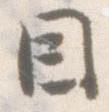
因